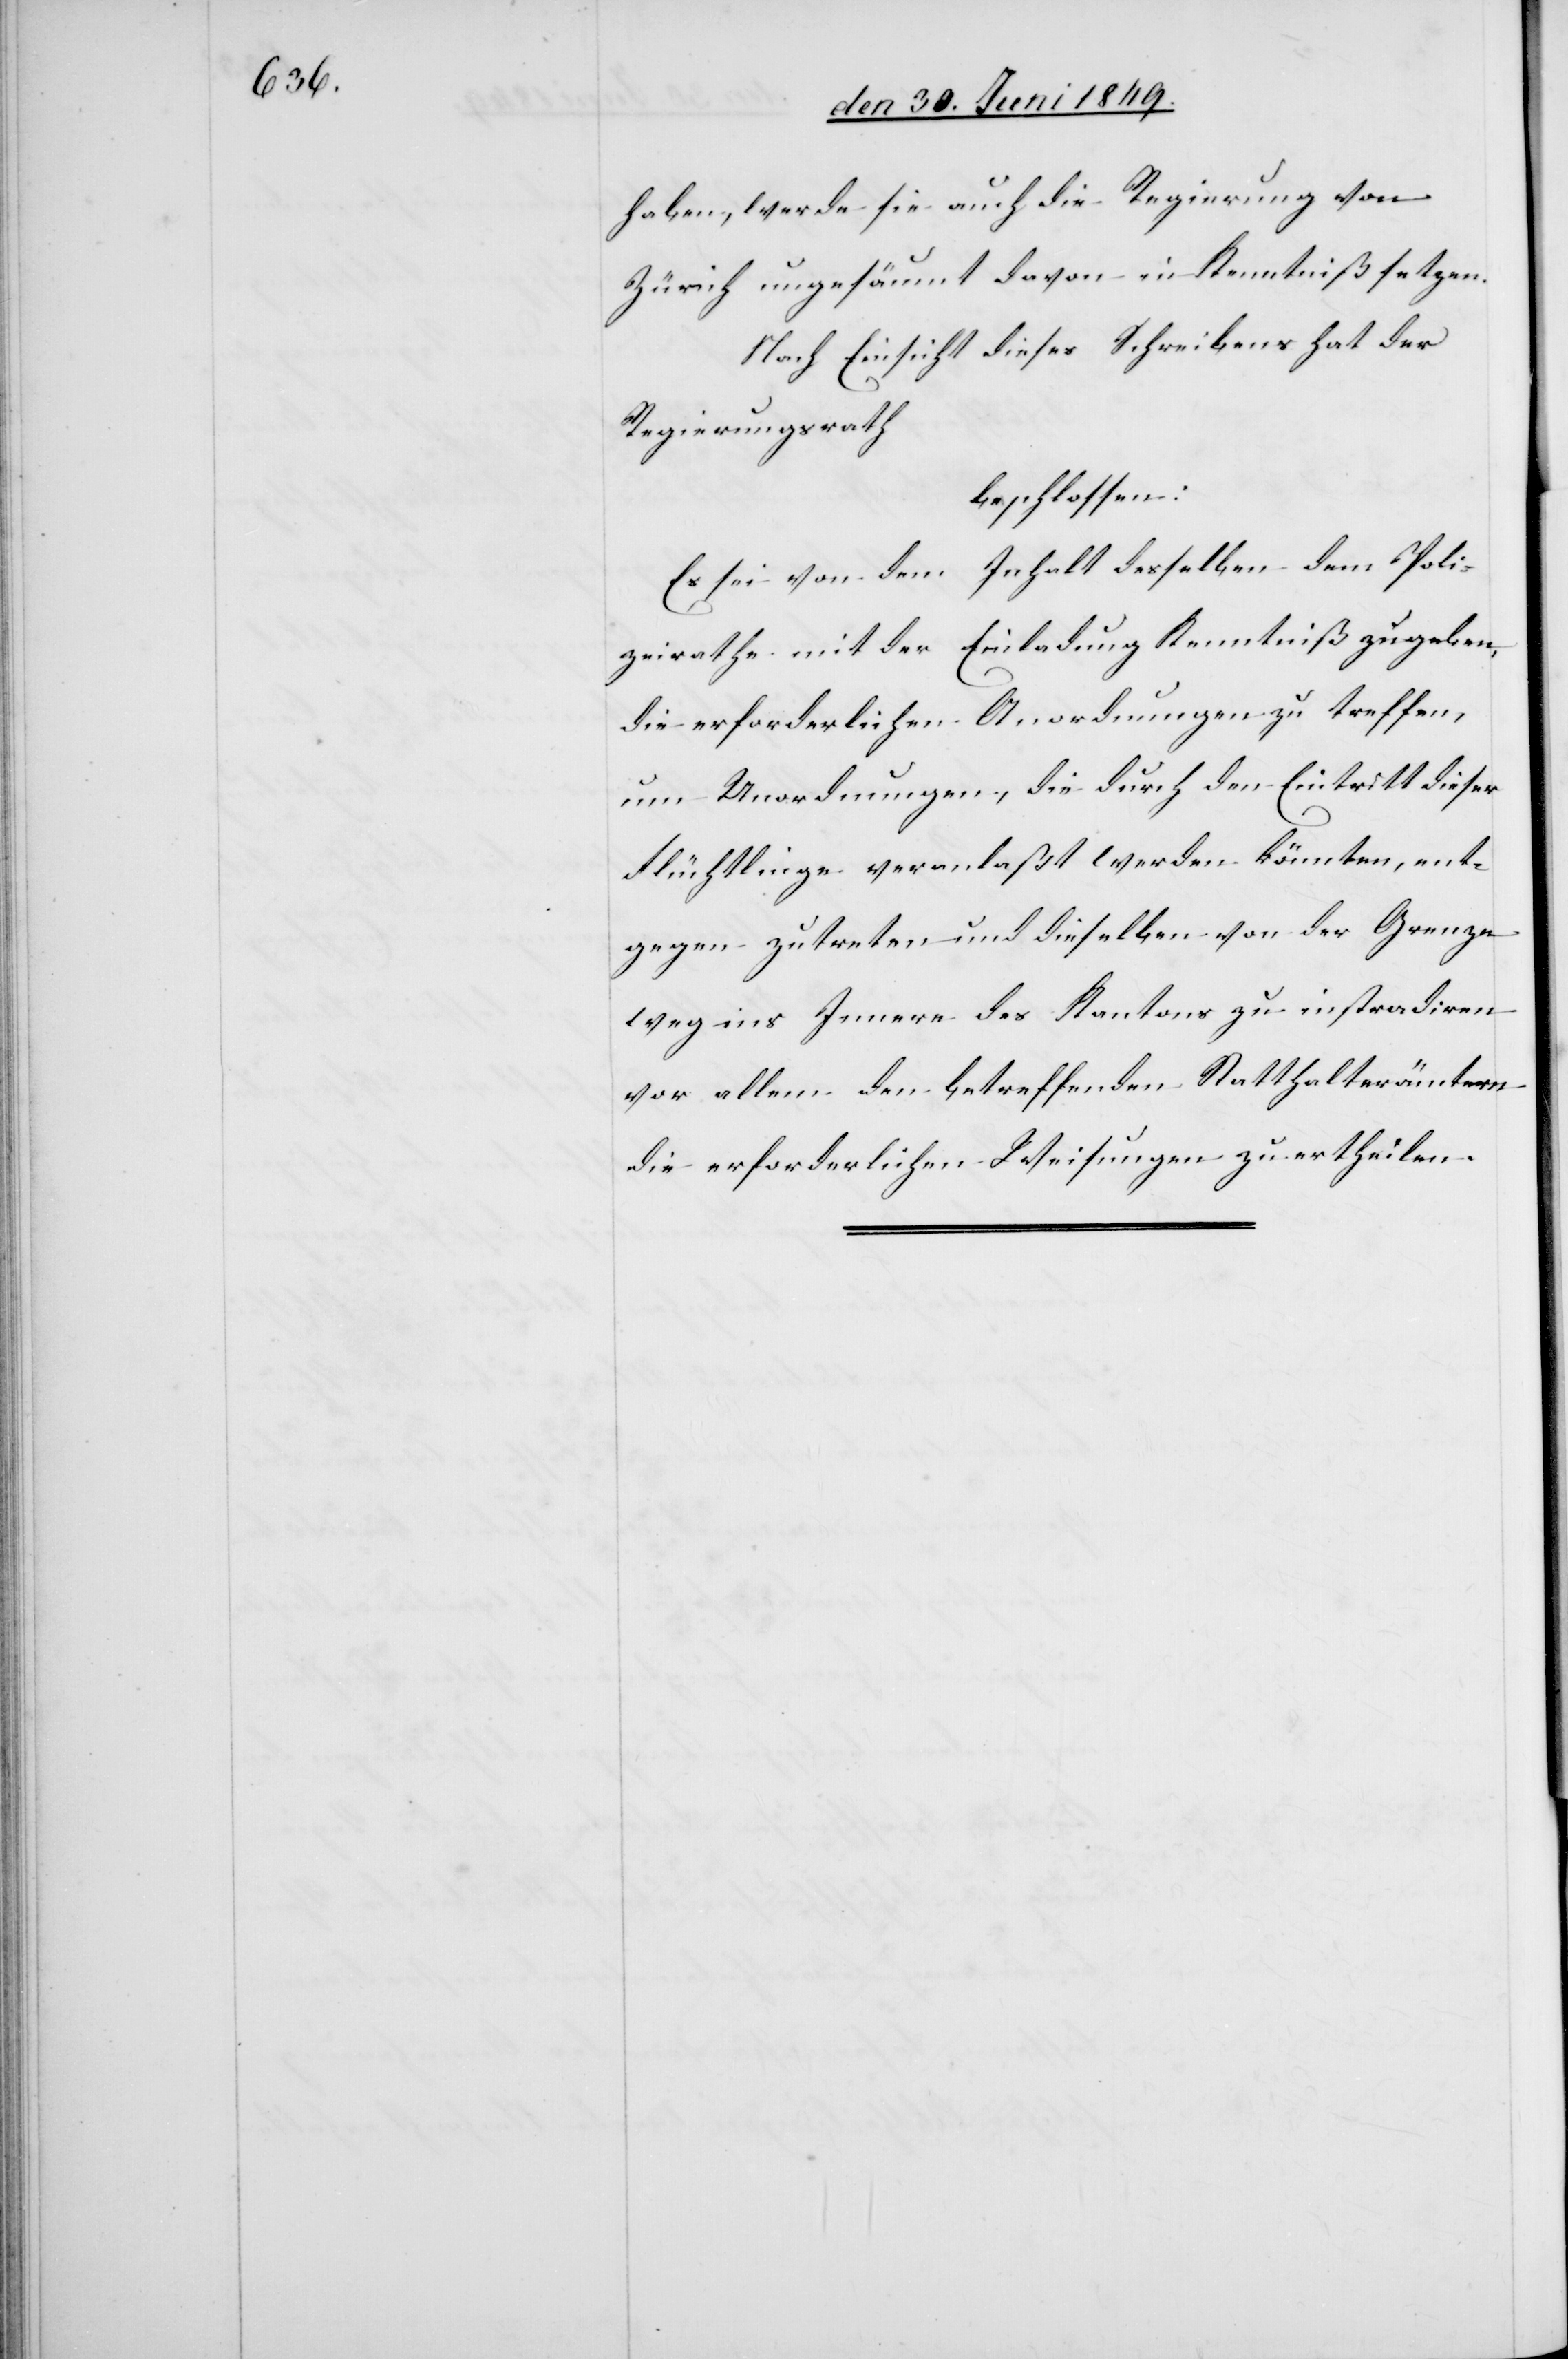
haben, werde sie auch die Regierung von
Zürich ungesäumt davon in Kenntniß setzen.
Nach Einsicht dieses Schreibens hat der
Regierungsrath
beschlossen:
Es sei von dem Inhalt desselben dem Poli¬
zeirathe mit der Einladung Kenntniß zu geben,
die erforderlichen Anordnungen zu treffen,
um Unordnungen, die durch den Eintritt dieser
Flüchtlinge veranlaßt werden könnten, ent¬
gegen zutreten und dieselben von der Grenze
weg ins Innere des Kantons zu instradiren
vor allem den betreffenden Statthalterämtern
die erforderlichen Weisungen zu ertheilen.